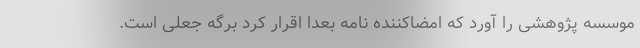
موسسه پژوهشی را آورد که امضاکننده نامه بعدا اقرار کرد برگه جعلی است.